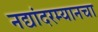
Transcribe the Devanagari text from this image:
नद्यांदरम्यानचा